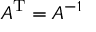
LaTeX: A ^ { \mathrm { T } } = A ^ { - 1 }